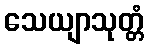
သေယျာသုတ္တံ